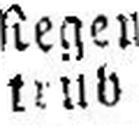
trub